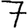
Digit: 7